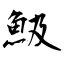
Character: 魥